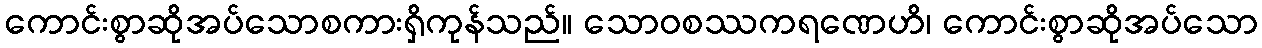
ကောင်းစွာဆိုအပ်သောစကားရှိကုန်သည်။ သောဝစဿကရဏေဟိ၊ ကောင်းစွာဆိုအပ်သော